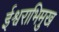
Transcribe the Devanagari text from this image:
ईश्वराभिमुख